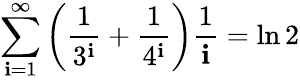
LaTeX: \sum_{\mathbf{i}=1}^{\infty}\left({\frac{{1}}{{3^{\mathbf{i}}}}}+{\frac{{1}}{{4^{\mathbf{i}}}}}\right){\frac{{1}}{{\mathbf{i}}}}=\ln2